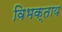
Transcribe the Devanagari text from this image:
विभक्ताय